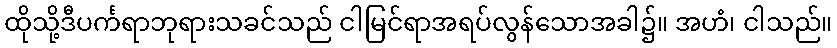
ထိုသို့ဒီပင်္ကရာဘုရားသခင်သည် ငါမြင်ရာအရပ်လွန်သောအခါ၌။ အဟံ၊ ငါသည်။